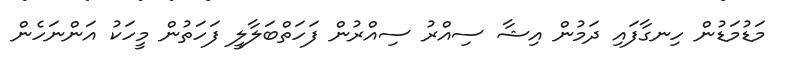
މަޑުމަޑުން ހިނގާފައި ދަމުން އިޝާ ސިއްރު ސިއްރުން ފަހަތްބަލާލީ ފަހަތުން މީހަކު އަންނަހެން